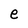
Character: e